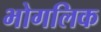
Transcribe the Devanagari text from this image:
भोगलिक